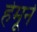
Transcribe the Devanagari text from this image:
हेमूने